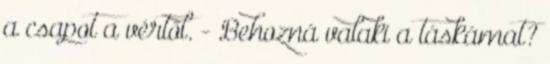
a csapot a vértől. - Behozná valaki a táskámat?